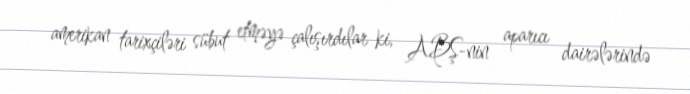
amerikan tarixçiləri sübut etməyə çalışırdılar ki, ABŞ-nin aparıcı dairələrində